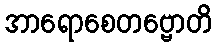
အာရောစေတဗ္ဗောတိ